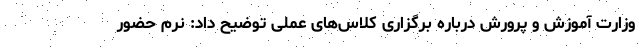
وزارت آموزش و پرورش درباره برگزاری کلاس‌های عملی توضیح داد: نُرم حضور